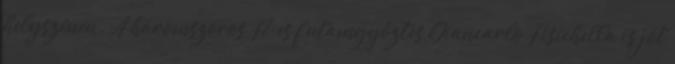
helyszínén. A háromszoros F1-es futamgyőztes Giancarlo Fisichella is jót